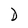
Character: D